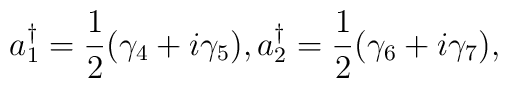
a_1^{\dagger}=\frac{1}{2}({\gamma}_4+i{\gamma}_5),a_2^{\dagger}=\frac{1}{2}({\gamma}_6+i{\gamma}_7),